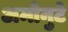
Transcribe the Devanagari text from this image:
अमोनुटे